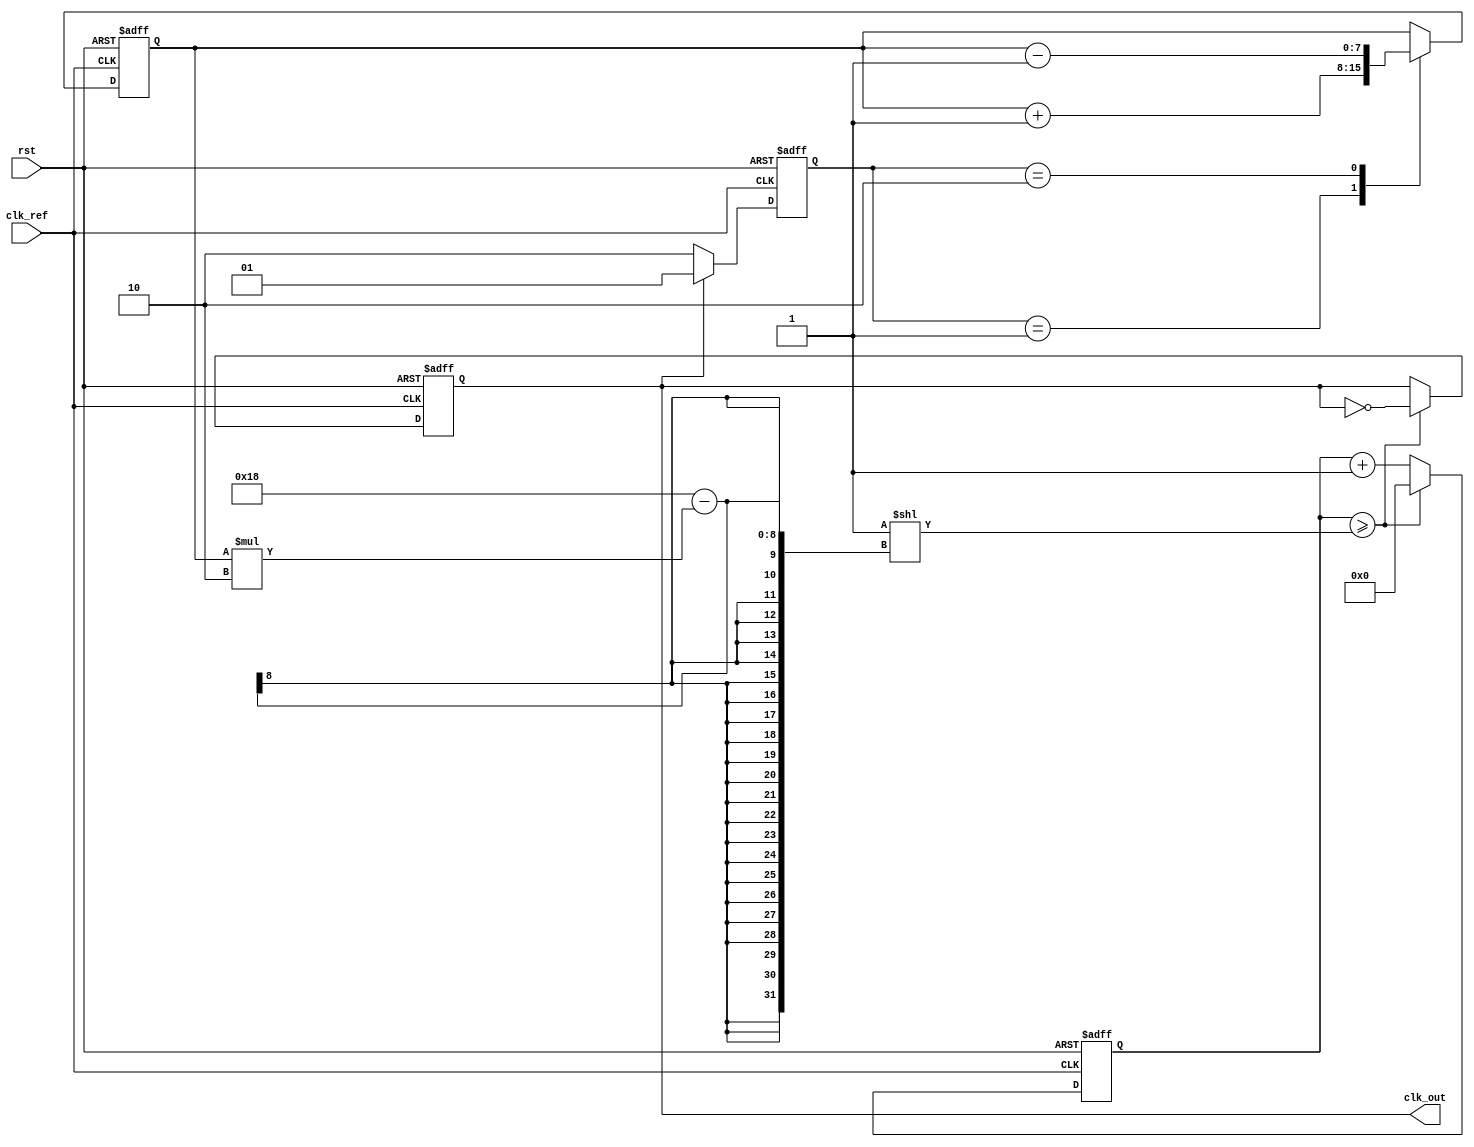
module PLL (
    input wire clk_ref,         // Reference clock input
    input wire rst,            // Active high reset
    output reg clk_out         // Output clock signal
);

    // Internal signals
    reg [1:0] phase_detector_out;
    wire [7:0] loop_filter_out;
    reg [7:0] control_voltage;
    reg [7:0] vco_freq;
    reg [23:0] counter;

    // Phase Detector (PD)
    always @(posedge clk_ref or posedge rst) begin
        if (rst) begin
            phase_detector_out <= 2'b00;
        end else begin
            // Simple XOR phase detector
            if (clk_out) begin
                phase_detector_out <= 2'b01; // Phase leads
            end else begin
                phase_detector_out <= 2'b10; // Phase lags
            end
        end
    end

    // Loop Filter (simple integral controller)
    always @(posedge clk_ref or posedge rst) begin
        if (rst) begin
            control_voltage <= 8'b0;
        end else begin
            case (phase_detector_out)
                2'b01: control_voltage <= control_voltage + 1; // Increase frequency
                2'b10: control_voltage <= control_voltage - 1; // Decrease frequency
                default: control_voltage <= control_voltage;    // No change
            endcase
        end
    end

    // Voltage-Controlled Oscillator (VCO)
    always @(posedge clk_ref or posedge rst) begin
        if (rst) begin
            clk_out <= 1'b0;
            counter <= 24'b0;
        end else begin
            // VCO frequency control (example scaling)
            vco_freq = control_voltage * 2; // Scale control voltage for frequency
            counter <= counter + 1;

            // Simple toggle based on counter value and vco_freq
            if (counter >= (1 << (24 - vco_freq))) begin
                clk_out <= ~clk_out;
                counter <= 24'b0;
            end
        end
    end

endmodule